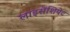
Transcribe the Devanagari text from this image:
लाइसेंशियेट